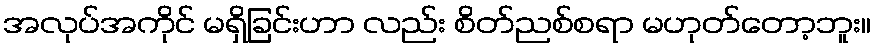
အလုပ်အကိုင် မရှိခြင်းဟာ လည်း စိတ်ညစ်စရာ မဟုတ်တော့ဘူး။